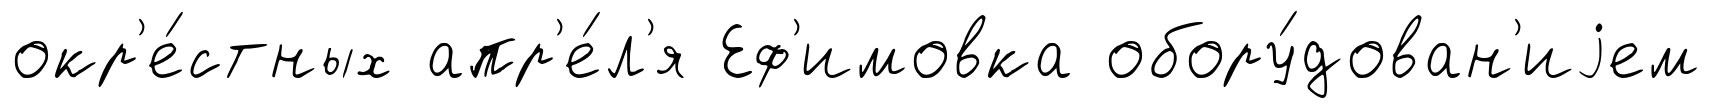
окр'е́стных апр'е́л'я Еф'имовка обору́дован'иjем